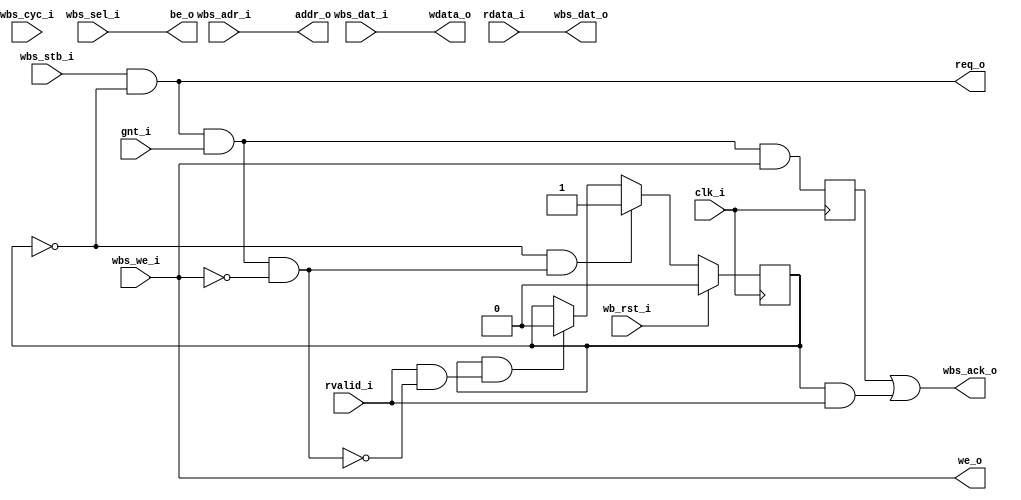
`timescale 1ns / 1ps
///////////////////////////////////////////////////////////////////////////////
//
// Module Name: wb_to_obi
//
// Description: This Wishbone B4 to OBI (Open Bus Interface) accepts a
//              connection from a Wishbone master device, and drives an OBI
//              slave device.
//
//              Note that the wishbone clock input is missing. For this
//              connection to work, the wishbone bus must be operating in the
//              clock domain as the OBI device, so only a single clock input is
//              provided. Any clock domain crossings must be handled by the 
//              user.
//
// SPDX-License-Identifier: Apache-2.0
//
///////////////////////////////////////////////////////////////////////////////


module wb_to_obi (
    input               clk_i,
    // WishBone Master Ports
    input               wb_rst_i,  // Active high!
    input               wbs_stb_i,
    input               wbs_cyc_i, // Not Used in OBI
    input               wbs_we_i, 
    input [3:0]         wbs_sel_i,
    input [31:0]        wbs_dat_i,
    input [31:0]        wbs_adr_i,
    output wire         wbs_ack_o,
    output wire  [31:0] wbs_dat_o,

    // OBI Slave Ports
    output wire         req_o,   
    input               gnt_i,    
    output wire  [31:0] addr_o,   
    output wire         we_o,      
    output wire  [3:0]  be_o,    
    output wire  [31:0] wdata_o, 
    input               rvalid_i, 
    input [31:0]        rdata_i  
    );

    reg read_outstanding, write_completed;
    wire read_accepted_a, write_accepted_a;
    assign read_accepted_a  = (req_o && gnt_i) && !wbs_we_i;
    assign write_accepted_a = (req_o && gnt_i) && wbs_we_i;

    // Read transaction tracker
    always @(posedge clk_i) begin
        if (wb_rst_i)
            read_outstanding <= 'b0;
        else begin
            if (read_outstanding && (rvalid_i && !read_accepted_a))
                read_outstanding <= 'b0;
            if (!read_outstanding && read_accepted_a)
                read_outstanding <= 'b1;
        end
    end
        
    // Write completion tracker
    always @(posedge clk_i) begin
        write_completed <= write_accepted_a;
    end

    // Address Signals
    assign req_o     = wbs_stb_i && !read_outstanding;
    assign addr_o    = wbs_adr_i;
    assign we_o      = wbs_we_i;
    assign be_o      = wbs_sel_i;
    assign wdata_o   = wbs_dat_i;

    // Response Signals
    assign wbs_dat_o = rdata_i;
    assign wbs_ack_o = write_completed || (read_outstanding && rvalid_i);

    `ifdef verilator
        wire _unused;
        assign _unused = wbs_cyc_i;
    `endif 

endmodule